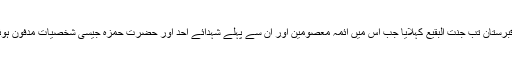
یہ قبرستان تب جنّت البقیع کہلایا جب اُس میں ائمہ معصومینؑ اور اُن سے پہلے شہدائے اُحد اور حضرت حمزہؑ جیسی شخصیات مدفون ہوئیں۔